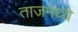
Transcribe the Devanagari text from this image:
ताजमध्ये